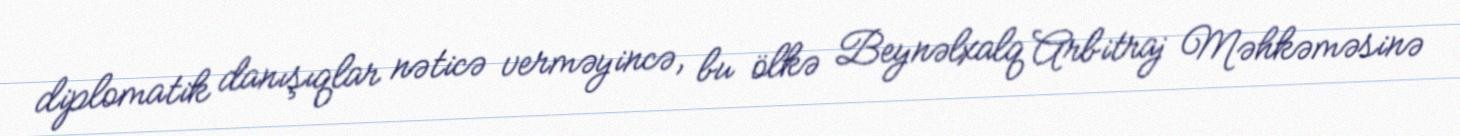
diplomatik danışıqlar nəticə verməyincə, bu ölkə Beynəlxalq Arbitraj Məhkəməsinə